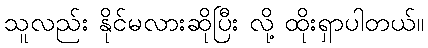
သူလည်း နိုင်မလားဆိုပြီး လို့ ထိုးရှာပါတယ်။